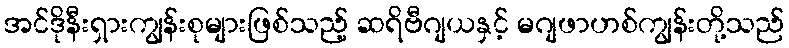
အင်ဒိုနီးရှားကျွန်းစုများဖြစ်သည့် ဆရိဗီဂျယနှင့် မဂျဖာဟစ်ကျွန်းတို့သည်